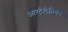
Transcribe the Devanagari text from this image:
आस्ट्रेलेशियन